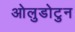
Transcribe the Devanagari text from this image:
ओलुडोटुन